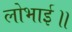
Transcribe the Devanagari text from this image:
लोभाई॥